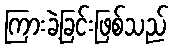
ကြားခဲ့ခြင်းဖြစ်သည်